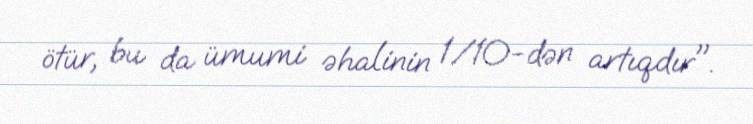
ötür, bu da ümumi əhalinin 1/10-dən artıqdır".